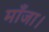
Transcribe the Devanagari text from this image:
माँजा।